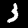
Label: 3